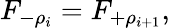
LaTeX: F_{-\rho_{i}}=F_{+\rho_{i+1}},